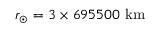
r _ { \odot } = 3 \times 6 9 5 5 0 0 ~ \mathrm { k m }